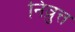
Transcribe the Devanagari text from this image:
निव्रुत्त